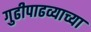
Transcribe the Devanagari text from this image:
गुढीपाढव्याच्या